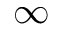
\infty